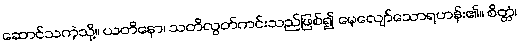
ဆောင်သကဲ့သို့။ ယတိနော၊ သတိလွတ်ကင်းသည်ဖြစ်၍ မေ့လျော်သောရဟန်း၏။ စိတ္တံ၊